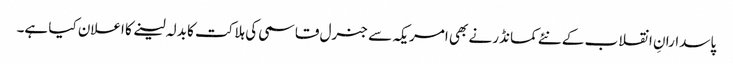
پاسدارانِ انقلاب کے نئے کمانڈر نے بھی امریکہ سے جنرل قاسمی کی ہلاکت کا بدلہ لینے کا اعلان کیا ہے۔